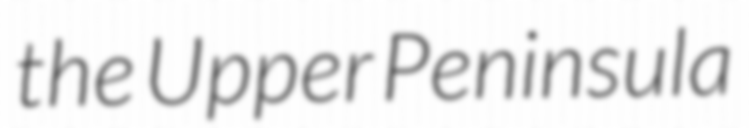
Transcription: the Upper Peninsula